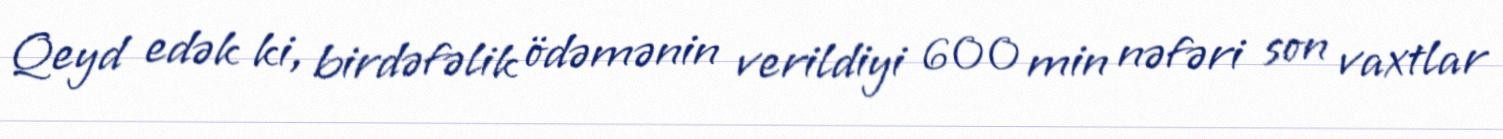
Qeyd edək ki, birdəfəlik ödəmənin verildiyi 600 min nəfəri son vaxtlar